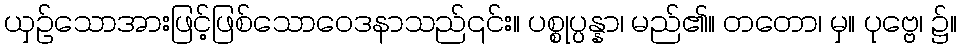
ယှဉ်သောအားဖြင့်ဖြစ်သောဝေဒနာသည်၎င်း။ ပစ္စုပ္ပန္နာ၊ မည်၏။ တတော၊ မှ။ ပုဗ္ဗေ၊ ၌။